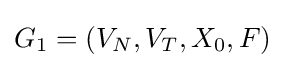
G_{1}=(V_{N},V_{T},X_{0},F)